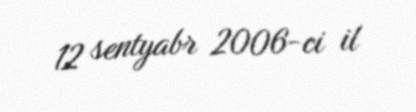
12 sentyabr 2006-ci il